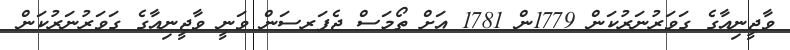
ވާޖީނިއާގެ ގަވަރުނަރުކަން 1779ން 1781 އަށް ތޯމަސް ޖެފަރސަން ވަނީ ވާޖީނިއާގެ ގަވަރުނަރުކަން